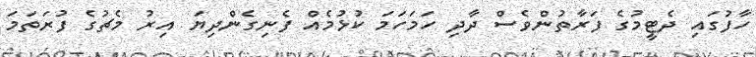
ހާފުގައި ދެޓީމުގެ ފަރާތުންވެސް ދާދި ހަމަހަމަ ކުޅުމެއް ފެނިގެންދިޔަ އިރު މެޗުގެ ފުރަތަމަ